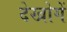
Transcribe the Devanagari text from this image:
देखोगें